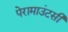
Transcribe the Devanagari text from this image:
पेरामाउंटसी